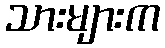
သားများက